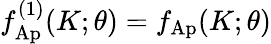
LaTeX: f_{\mathrm{Ap}}^{(1)}(K;\theta)=f_{\mathrm{Ap}}(K;\theta)